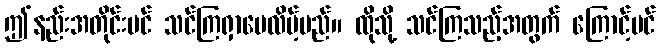
ဤနည်းအတိုင်းပင် သင်ကြရှာပေလိမ့်မည်။ ထိုသို့ သင်ကြသည့်အတွက် ကြောင့်ပင်